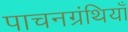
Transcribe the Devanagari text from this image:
पाचनग्रंथियाँ